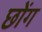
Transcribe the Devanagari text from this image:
छोंग